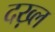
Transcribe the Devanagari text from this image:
दख़्ल